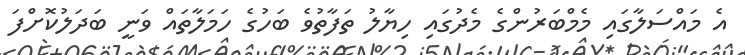
އެ މައްސަލާގައި މެމްބަރުންގެ މެދުގައި ހިޔާލު ތަފާތުވެ ބަހުގެ ހަމަލާތައް ވަނީ ބަދަލުކޮށްފަ